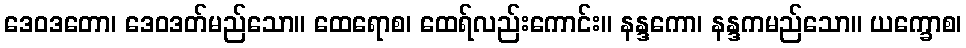
ဒေဝဒတော၊ ဒေဝဒတ်မည်သော။ ထေရောစ၊ ထေရ်လည်းကောင်း။ နန္ဒကော၊ နန္ဒကမည်သော။ ယက္ခောစ၊